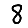
Digit: 8